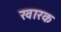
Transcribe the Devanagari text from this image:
खारक